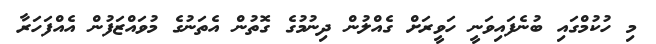
މި ހުކުމްގައި ބުނެފައިވަނީ ހަވީރަށް ގެއްލުން ދިނުމުގެ ގޮތުން އެތަނުގެ މުވައްޒަފުން އެއްފަހަރާ